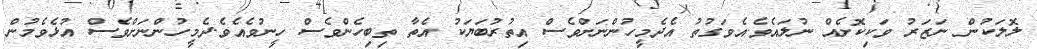
ލޮލަކުން ނަޒަރު ވަކިކޮށެއް ނުލައެވެ.އެވަގުތު އެދެމީހުންނަށްވެސް އިތުރުބަޔަކު އެތާ ތިބިހެންވެސް ހީނުވެއެވެ.ދެމީހުންނަށްވެސް އުޅެވެމުން